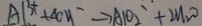
A l ^ { 3 + } + 4 O H ^ { - } \rightarrow A l O _ { 2 } ^ { \prime } + 2 H _ { 2 } O